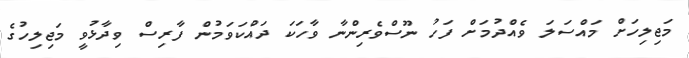
މަޖިލިހަށް މައްސަލަ ވެއްދުމަށް ފަހު ނޫސްވެރިންނާ ވާހަކަ ދައްކަވަމުން ފާރިސް ވިދާޅުވީ މަޖިލިހުގެ